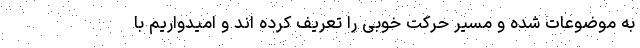
به موضوعات شده و مسیر حرکت خوبی را تعریف کرده اند و امیدواریم با